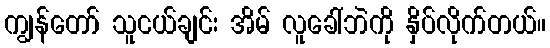
ကျွန်တော် သူငယ်ချင်း အိမ် လူခေါ်ဘဲကို နှိပ်လိုက်တယ်။